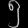
Digit: ၅